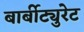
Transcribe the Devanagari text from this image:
बार्बीट्युरेट